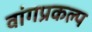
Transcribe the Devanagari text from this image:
वांगप्रकल्प